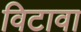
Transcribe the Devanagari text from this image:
विटावा